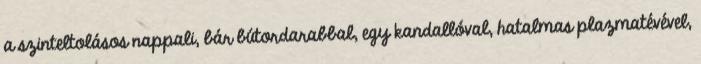
a szinteltolásos nappali, bár bútordarabbal, egy kandallóval, hatalmas plazmatévével,